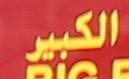
الكبير